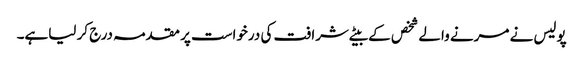
پولیس نے مرنے والے شخص کے بیٹے شرافت کی درخواست پر مقدمہ درج کر لیاہے۔